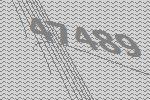
47489